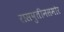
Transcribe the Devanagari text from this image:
रासपुतीनसमोर